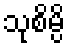
သုစိမ္ပိ